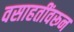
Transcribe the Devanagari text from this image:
वसाहतींवरून